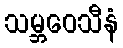
သမ္ဘဝေသီနံ